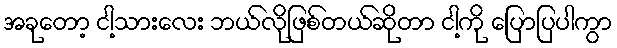
အခုတော့ ငါ့သားလေး ဘယ်လိုဖြစ်တယ်ဆိုတာ ငါ့ကို ပြောပြပါကွာ